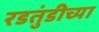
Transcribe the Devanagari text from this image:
रडतुंडीच्या